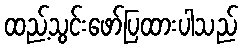
ထည့်သွင်းဖော်ပြထားပါသည်